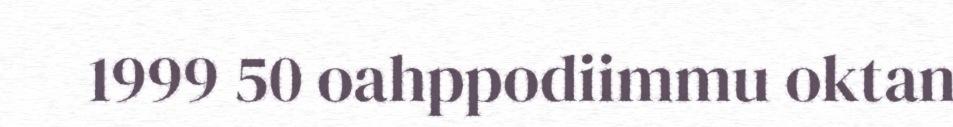
1999 50 oahppodiimmu oktan